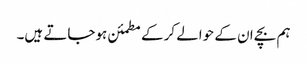
ہم بچے ان کے حوالے کرکے مطمئن ہوجاتے ہیں۔